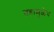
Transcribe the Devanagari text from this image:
तहामुळेच